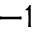
- 1